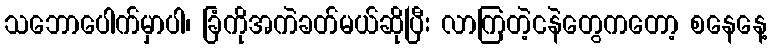
သဘောပေါက်မှာပါ၊ ခြံကိုအကဲခတ်မယ်ဆိုပြီး လာကြတဲ့ငနဲတွေကတော့ စနေနေ့